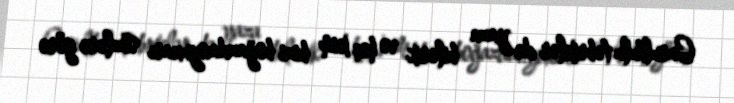
Gurultulu təbriklər də yaza bilərik və heç kim bizi boğazdanyuxarı sözlərə görə